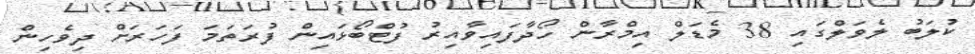
ކުލަބު ލެވަލްގައި 38 މެޑަލް އިމްރާން ހޯދާފައިވާއިރު ފުޓްބޯޅައިން ފުރަތަމަ ފަހަރަށް ދިވެހިން